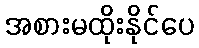
အစားမထိုးနိုင်ပေ